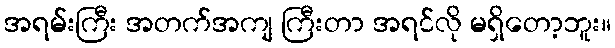
အရမ်းကြီး အတက်အကျ ကြီးတာ အရင်လို မရှိတော့ဘူး။